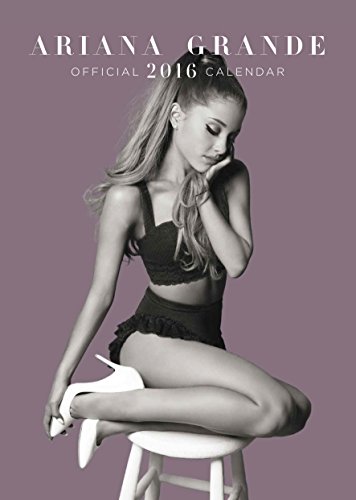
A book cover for The Official Ariana Grande 2016 A3 Calendar; Calendars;